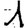
Digit: 1